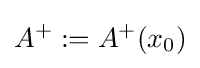
A^{+}:=A^{+}(x_{0})